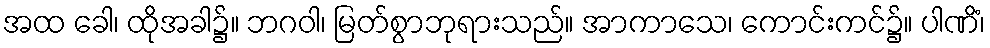
အထ ခေါ၊ ထိုအခါ၌။ ဘဂဝါ၊ မြတ်စွာဘုရားသည်။ အာကာသေ၊ ကောင်းကင်၌။ ပါဏိံ၊